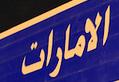
الامارات